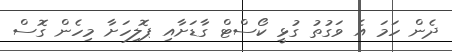
ދެން ހަމަ އެ ވަގުތު ގުޅީ ކޯސްޓް ގާޑަށާއި ޕޮލިހަށާ މިހެން ގޮސް